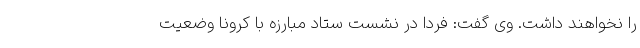
را نخواهند داشت. وی گفت: فردا در نشست ستاد مبارزه با کرونا وضعیت